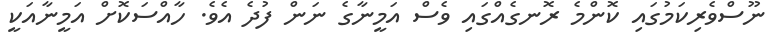
ނޫސްވެރިކަމުގައި ކޮންމެ ރޮނގެއްގައި ވެސް އަމީނާގެ ނަން ފުދެ އެވެ. ހާއްސަކޮށް އަމީނާއަކީ